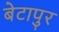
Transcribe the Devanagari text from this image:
बेटापुर